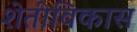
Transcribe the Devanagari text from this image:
शेतीविकास